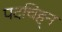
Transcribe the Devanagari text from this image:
पदचिह्‌न